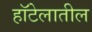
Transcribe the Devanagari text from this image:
हॉटेलातील